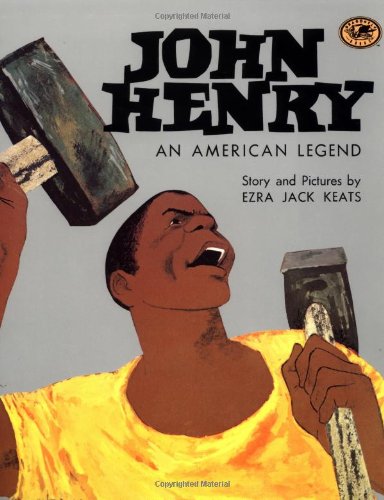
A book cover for John Henry: An American Legend (Knopf Children's Paperbacks); Ezra Jack Keats; Children's Books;